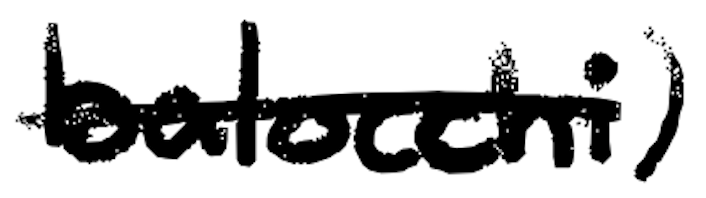
Text: balocchi)
Cross-out: single-line
Writing tool: digital_black